Lunatic asylums Central Provinces reports 1910-1926 - 1910-1926
Year: 1910
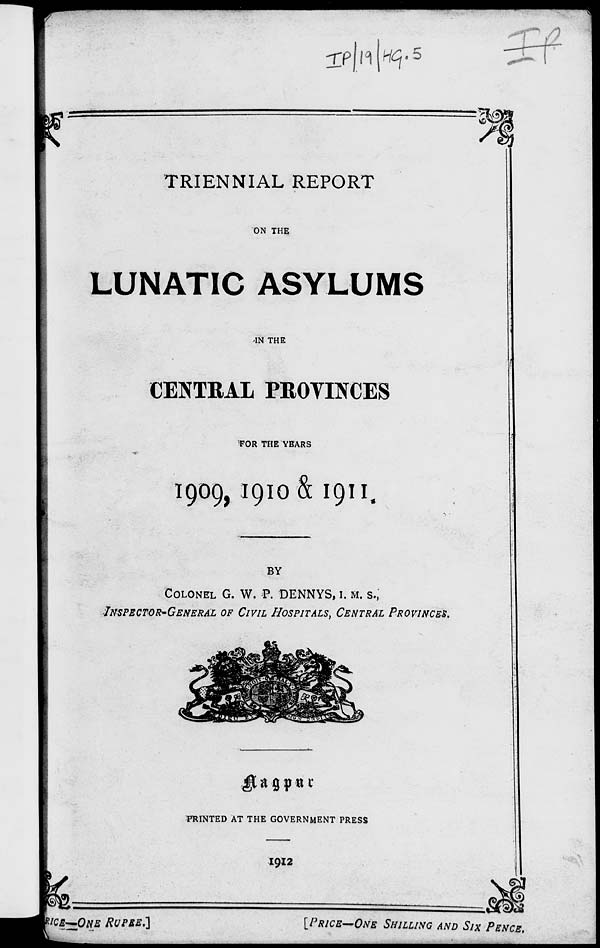
TRIENNIAL REPORT
ON THE
LUNATIC ASYLUMS
IN THE
CENTRAL PROVINCES
FOR THE YEARS
1909, 1910 & 1911.
BY
COLONEL G. W. P. DENNYS, I. M. S.,
INSPECTORE-GENERAL OF CIVIL HOSPITALS, CENTRAL PROVINCES.
Nagpur
PRINTED AT THE GOVERNMENT PRESS
1912
PRICE—ONE RUPEE.]
[PRICE—ONE
SHILLING
AND
SIX PENCE.